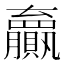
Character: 𫎣